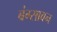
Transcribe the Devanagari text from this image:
बंग्सावन